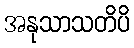
အနုသာသတိပိ